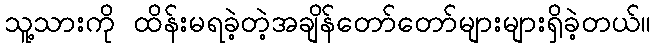
သူ့သားကို ထိန်းမရခဲ့တဲ့အချိန်တော်တော်များများရှိခဲ့တယ်။